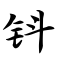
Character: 钭